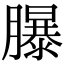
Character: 𦢊